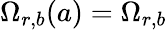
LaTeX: \Omega_{r,b}(a)=\Omega_{r,b}